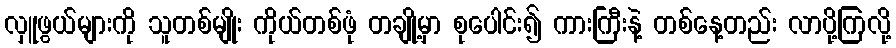
လှူဖွယ်များကို သူတစ်မျိုး ကိုယ်တစ်ဖုံ တချို့မှာ စုပေါင်း၍ ကားကြီးနဲ့ တစ်နေ့တည်း လာပို့ကြလို့